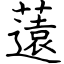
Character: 薳